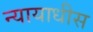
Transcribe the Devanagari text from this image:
न्यायाधीस